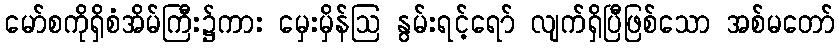
မော်စကိုရှိစံအိမ်ကြီး၌ကား မှေးမှိန်ဩ နွမ်းရင့်ရော် လျက်ရှိပြီဖြစ်သော အစ်မတော်